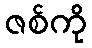
ဇစ်ကို